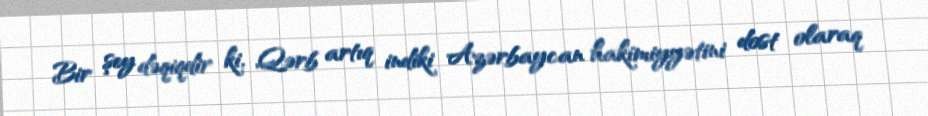
Bir şey dəqiqdir ki, Qərb artıq indiki Azərbaycan hakimiyyətini dost olaraq